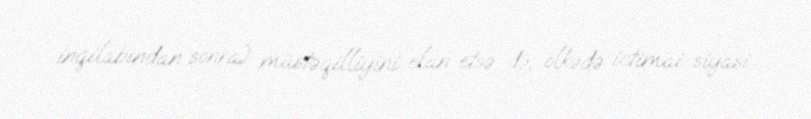
inqilabından sonra) müstəqilliyini elan etsə də, ölkədə ictimai-siyasi